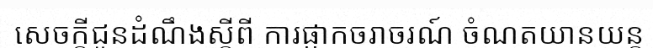
សេចក្តីជូនដំណឹងស្តីពី ការផ្អាកចរាចរណ៍ ចំណតយានយន្ត